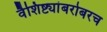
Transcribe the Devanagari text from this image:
वैशिष्ट्यांबरोबरच